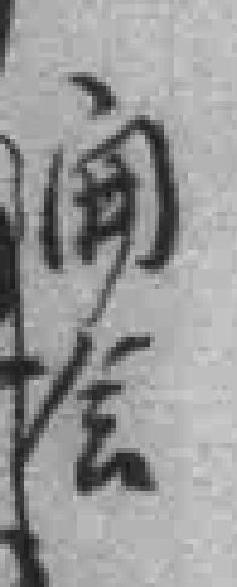
𫔭会